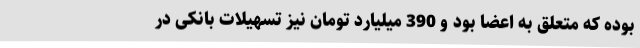
بوده که متعلق به اعضا بود و 390 میلیارد تومان نیز تسهیلات بانکی در